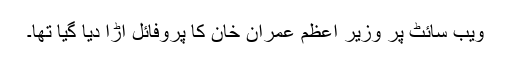
ویب سائٹ پر وزیر اعظم عمران خان کا پروفائل اڑا دیا گیا تھا۔